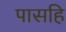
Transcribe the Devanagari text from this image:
पासहि